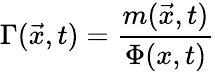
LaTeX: \Gamma(\vec{x},t)=\frac{m(\vec{x},t)}{\Phi(x,t)}